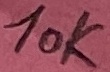
Text: 10K